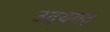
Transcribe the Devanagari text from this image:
उदयगढ़